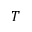
T